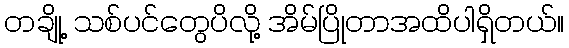
တချို့ သစ်ပင်တွေပိလို့ အိမ်ပြိုတာအထိပါရှိတယ်။